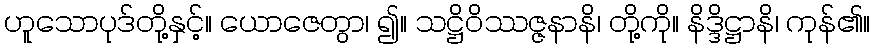
ဟူသောပုဒ်တို့နှင့်။ ယောဇေတွာ၊ ၍။ သဋ္ဌိဝိဿဇ္ဇနာနိ၊ တို့ကို။ နိဒ္ဒိဋ္ဌာနိ၊ ကုန်၏။